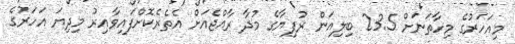
މިއަހަރުގެ މިހާތަނަށް 23.5 ބިލިއަން ރުފިޔާގެ މުދާ ރާއްޖެއަށް އެތެރެކޮށްފައިވާއިރު މިދިޔަ އަހަރުގެ